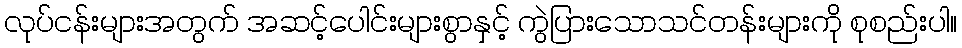
လုပ်ငန်းများအတွက် အဆင့်ပေါင်းများစွာနှင့် ကွဲပြားသောသင်တန်းများကို စုစည်းပါ။